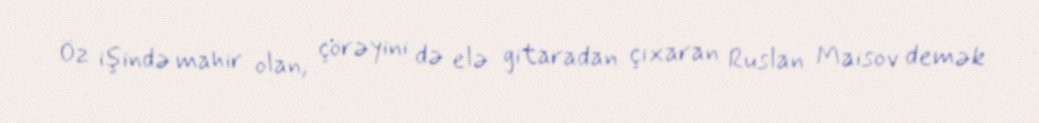
Öz işində mahir olan, çörəyini də elə gitaradan çıxaran Ruslan Maisov demək